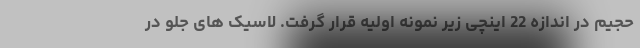
حجیم در اندازه 22 اینچی زیر نمونه اولیه قرار گرفت. لاسیک های جلو در